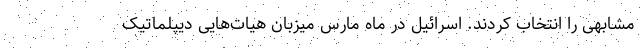
مشابهی را انتخاب کردند. اسرائیل در ماه مارس میزبان هیات‌هایی دیپلماتیک